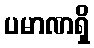
ပမာဏရှိ